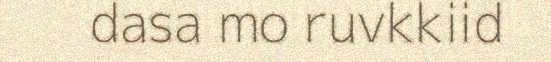
dasa mo ruvkkiid